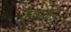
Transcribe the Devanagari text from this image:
कृपाकंद